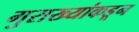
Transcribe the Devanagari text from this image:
गुराख्यांकडून